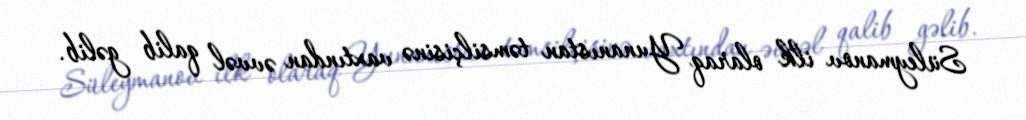
Süleymanov ilk olaraq Yunanıstan təmsilçisinə vaxtından əvvəl qalib gəlib.